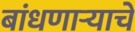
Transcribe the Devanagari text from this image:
बांधणार्‍याचे